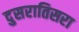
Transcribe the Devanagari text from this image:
दुसरातिसरा